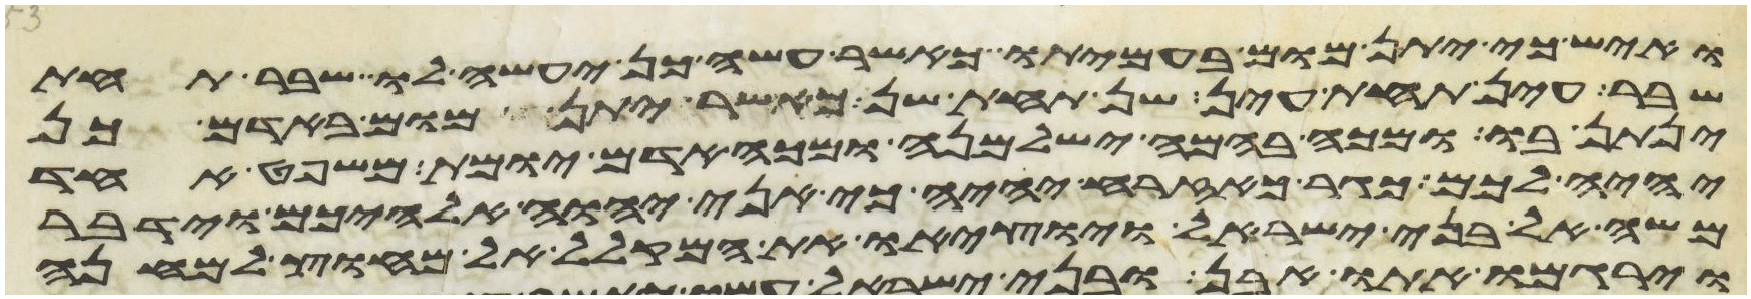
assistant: ואיש כי יתן מום בעמיתו כאשר עשה כן יעשה לו שבר תחת
שבר עין תחת עין שן תחת שן כאשר יתן מום באדם כן
ינתן בו ומכה בהמה ישלמנה ומכה אדם יומת משפט אחד
יהיה לכם כגר כאזרח יהיה כי אני יהוה אלהיכם וידבר
משה אל בני ישראל ויוציאו את המקלל אל מחוץ למחנה